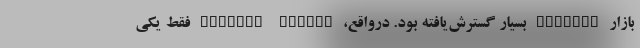
بازار Android بسیار گسترش‌یافته بود. درواقع، Android Market فقط یکی